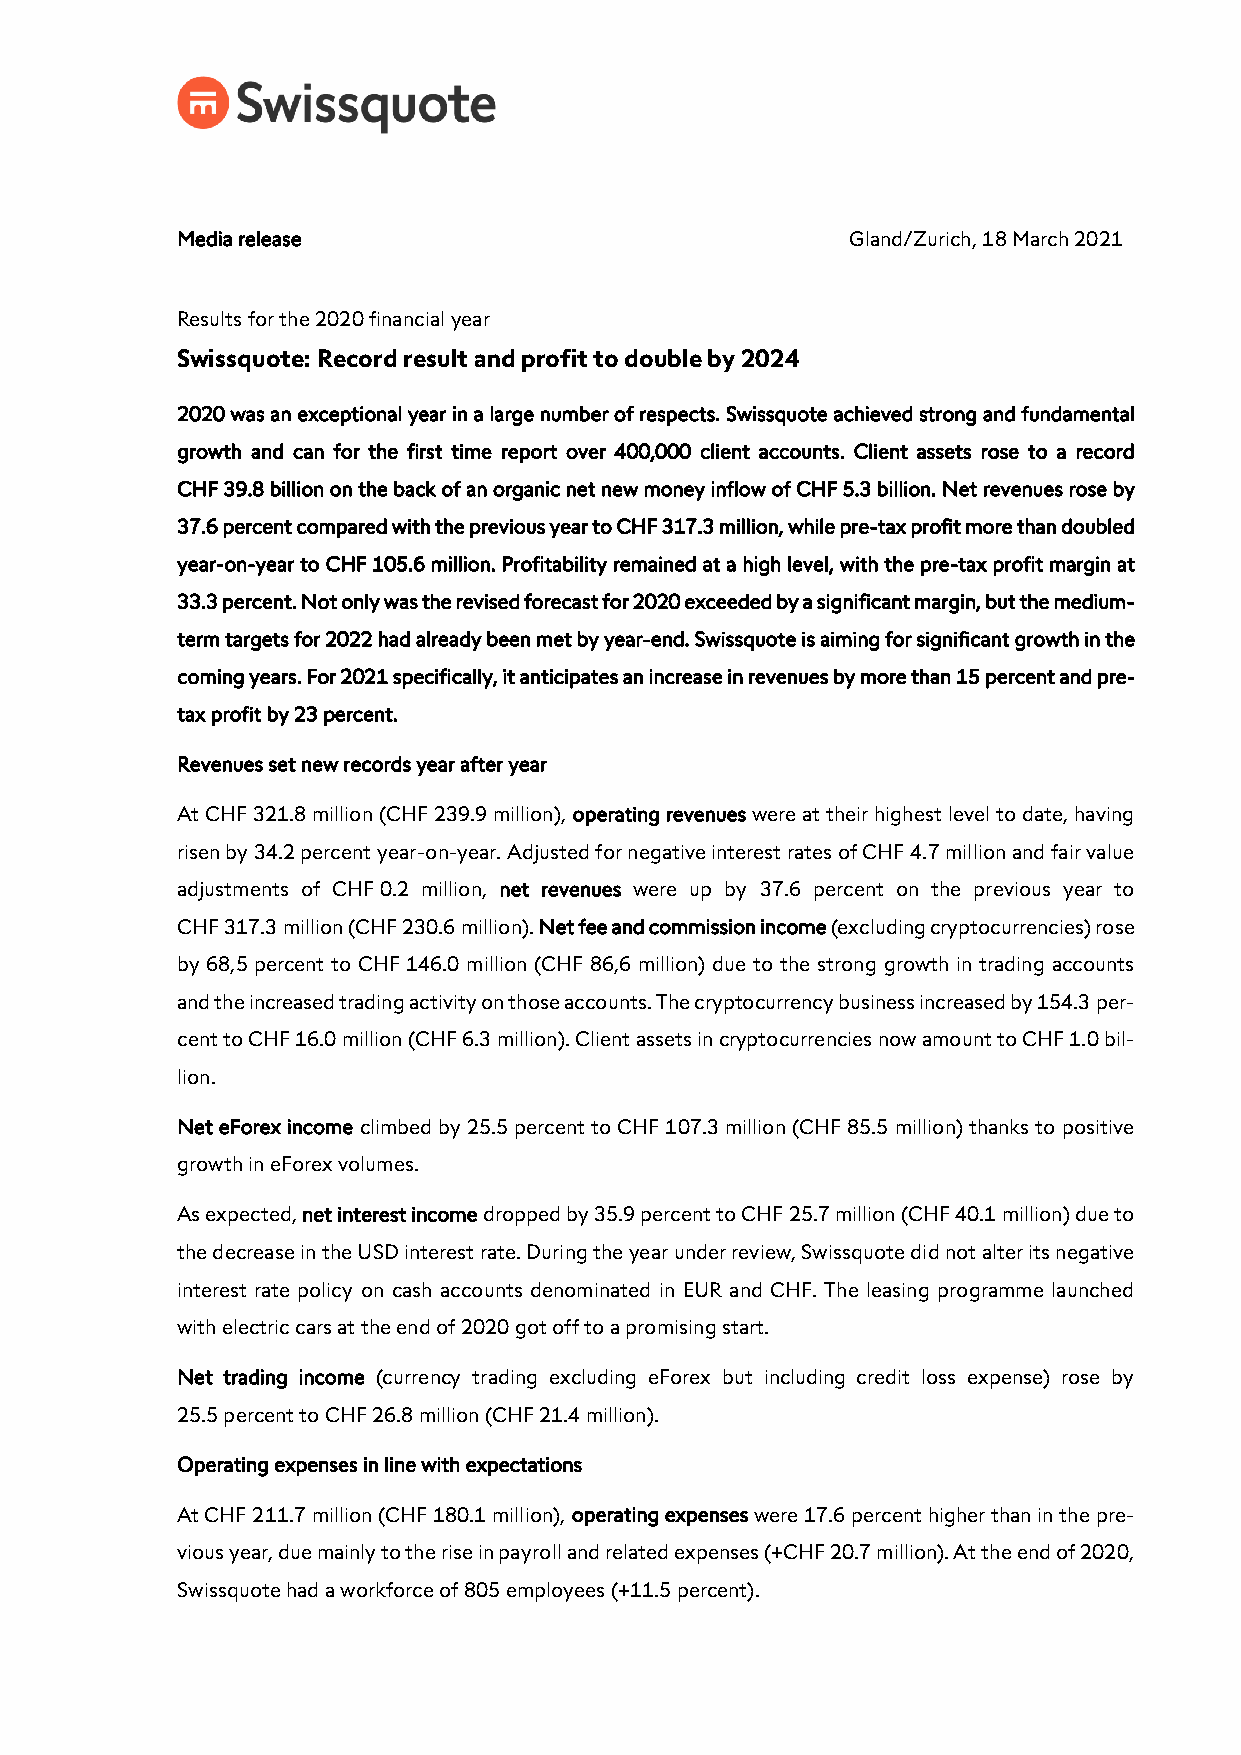
Media release                               Gland/Zurich, 18 March 2021
 Results for the 2020 financial year
 Swissquote: Record result and profit to double by 2024
 2020 was an exceptional year in a large number of respects. Swissquote achieved strong and fundamental
 growth and can for the first time report over 400,000 client accounts. Client assets rose to a record
 CHF 39.8 billion on the back of an organic net new money inflow of CHF 5.3 billion. Net revenues rose by
 37.6 percent compared with the previous year to CHF 317.3 million, while pre-tax profit more than doubled
 year-on-year to CHF 105.6 million. Profitability remained at a high level, with the pre-tax profit margin at
 33.3 percent. Not only was the revised forecast for 2020 exceeded by a significant margin, but the medium-
 term targets for 2022 had already been met by year-end. Swissquote is aiming for significant growth in the
 coming years. For 2021 specifically, it anticipates an increase in revenues by more than 15 percent and pre-
 tax profit by 23 percent.
 Revenues set new records year after year
 At CHF 321.8 million (CHF 239.9 million), operating revenues were at their highest level to date, having
 risen by 34.2 percent year-on-year. Adjusted for negative interest rates of CHF 4.7 million and fair value
 adjustments of CHF 0.2 million, net revenues were up by 37.6 percent on the previous year to
 CHF 317.3 million (CHF 230.6 million). Net fee and commission income (excluding cryptocurrencies) rose
 by 68,5 percent to CHF 146.0 million (CHF 86,6 million) due to the strong growth in trading accounts
 and the increased trading activity on those accounts. The cryptocurrency business increased by 154.3 per-
 cent to CHF 16.0 million (CHF 6.3 million). Client assets in cryptocurrencies now amount to CHF 1.0 bil-
 lion.
 Net eForex income climbed by 25.5 percent to CHF 107.3 million (CHF 85.5 million) thanks to positive
 growth in eForex volumes.
 As expected, net interest income dropped by 35.9 percent to CHF 25.7 million (CHF 40.1 million) due to
 the decrease in the USD interest rate. During the year under review, Swissquote did not alter its negative
 interest rate policy on cash accounts denominated in EUR and CHF. The leasing programme launched
 with electric cars at the end of 2020 got off to a promising start.
 Net trading income (currency trading excluding eForex but including credit loss expense) rose by
 25.5 percent to CHF 26.8 million (CHF 21.4 million).
 Operating expenses in line with expectations
 At CHF 211.7 million (CHF 180.1 million), operating expenses were 17.6 percent higher than in the pre-
 vious year, due mainly to the rise in payroll and related expenses (+CHF 20.7 million). At the end of 2020,
 Swissquote had a workforce of 805 employees (+11.5 percent).